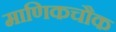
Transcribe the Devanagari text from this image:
माणिकचौक